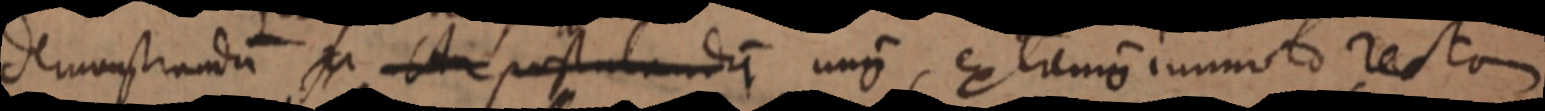
demonstrandum _ _ postulandum unum, extremis immoto recta